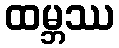
ထမ္ဘဿ